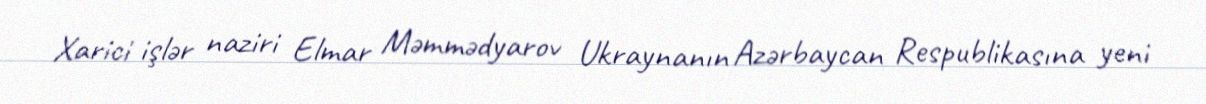
Xarici işlər naziri Elmar Məmmədyarov Ukraynanın Azərbaycan Respublikasına yeni